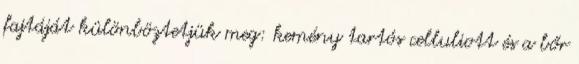
fajtáját különböztetjük meg: kemény tartós celluliott és a bőr